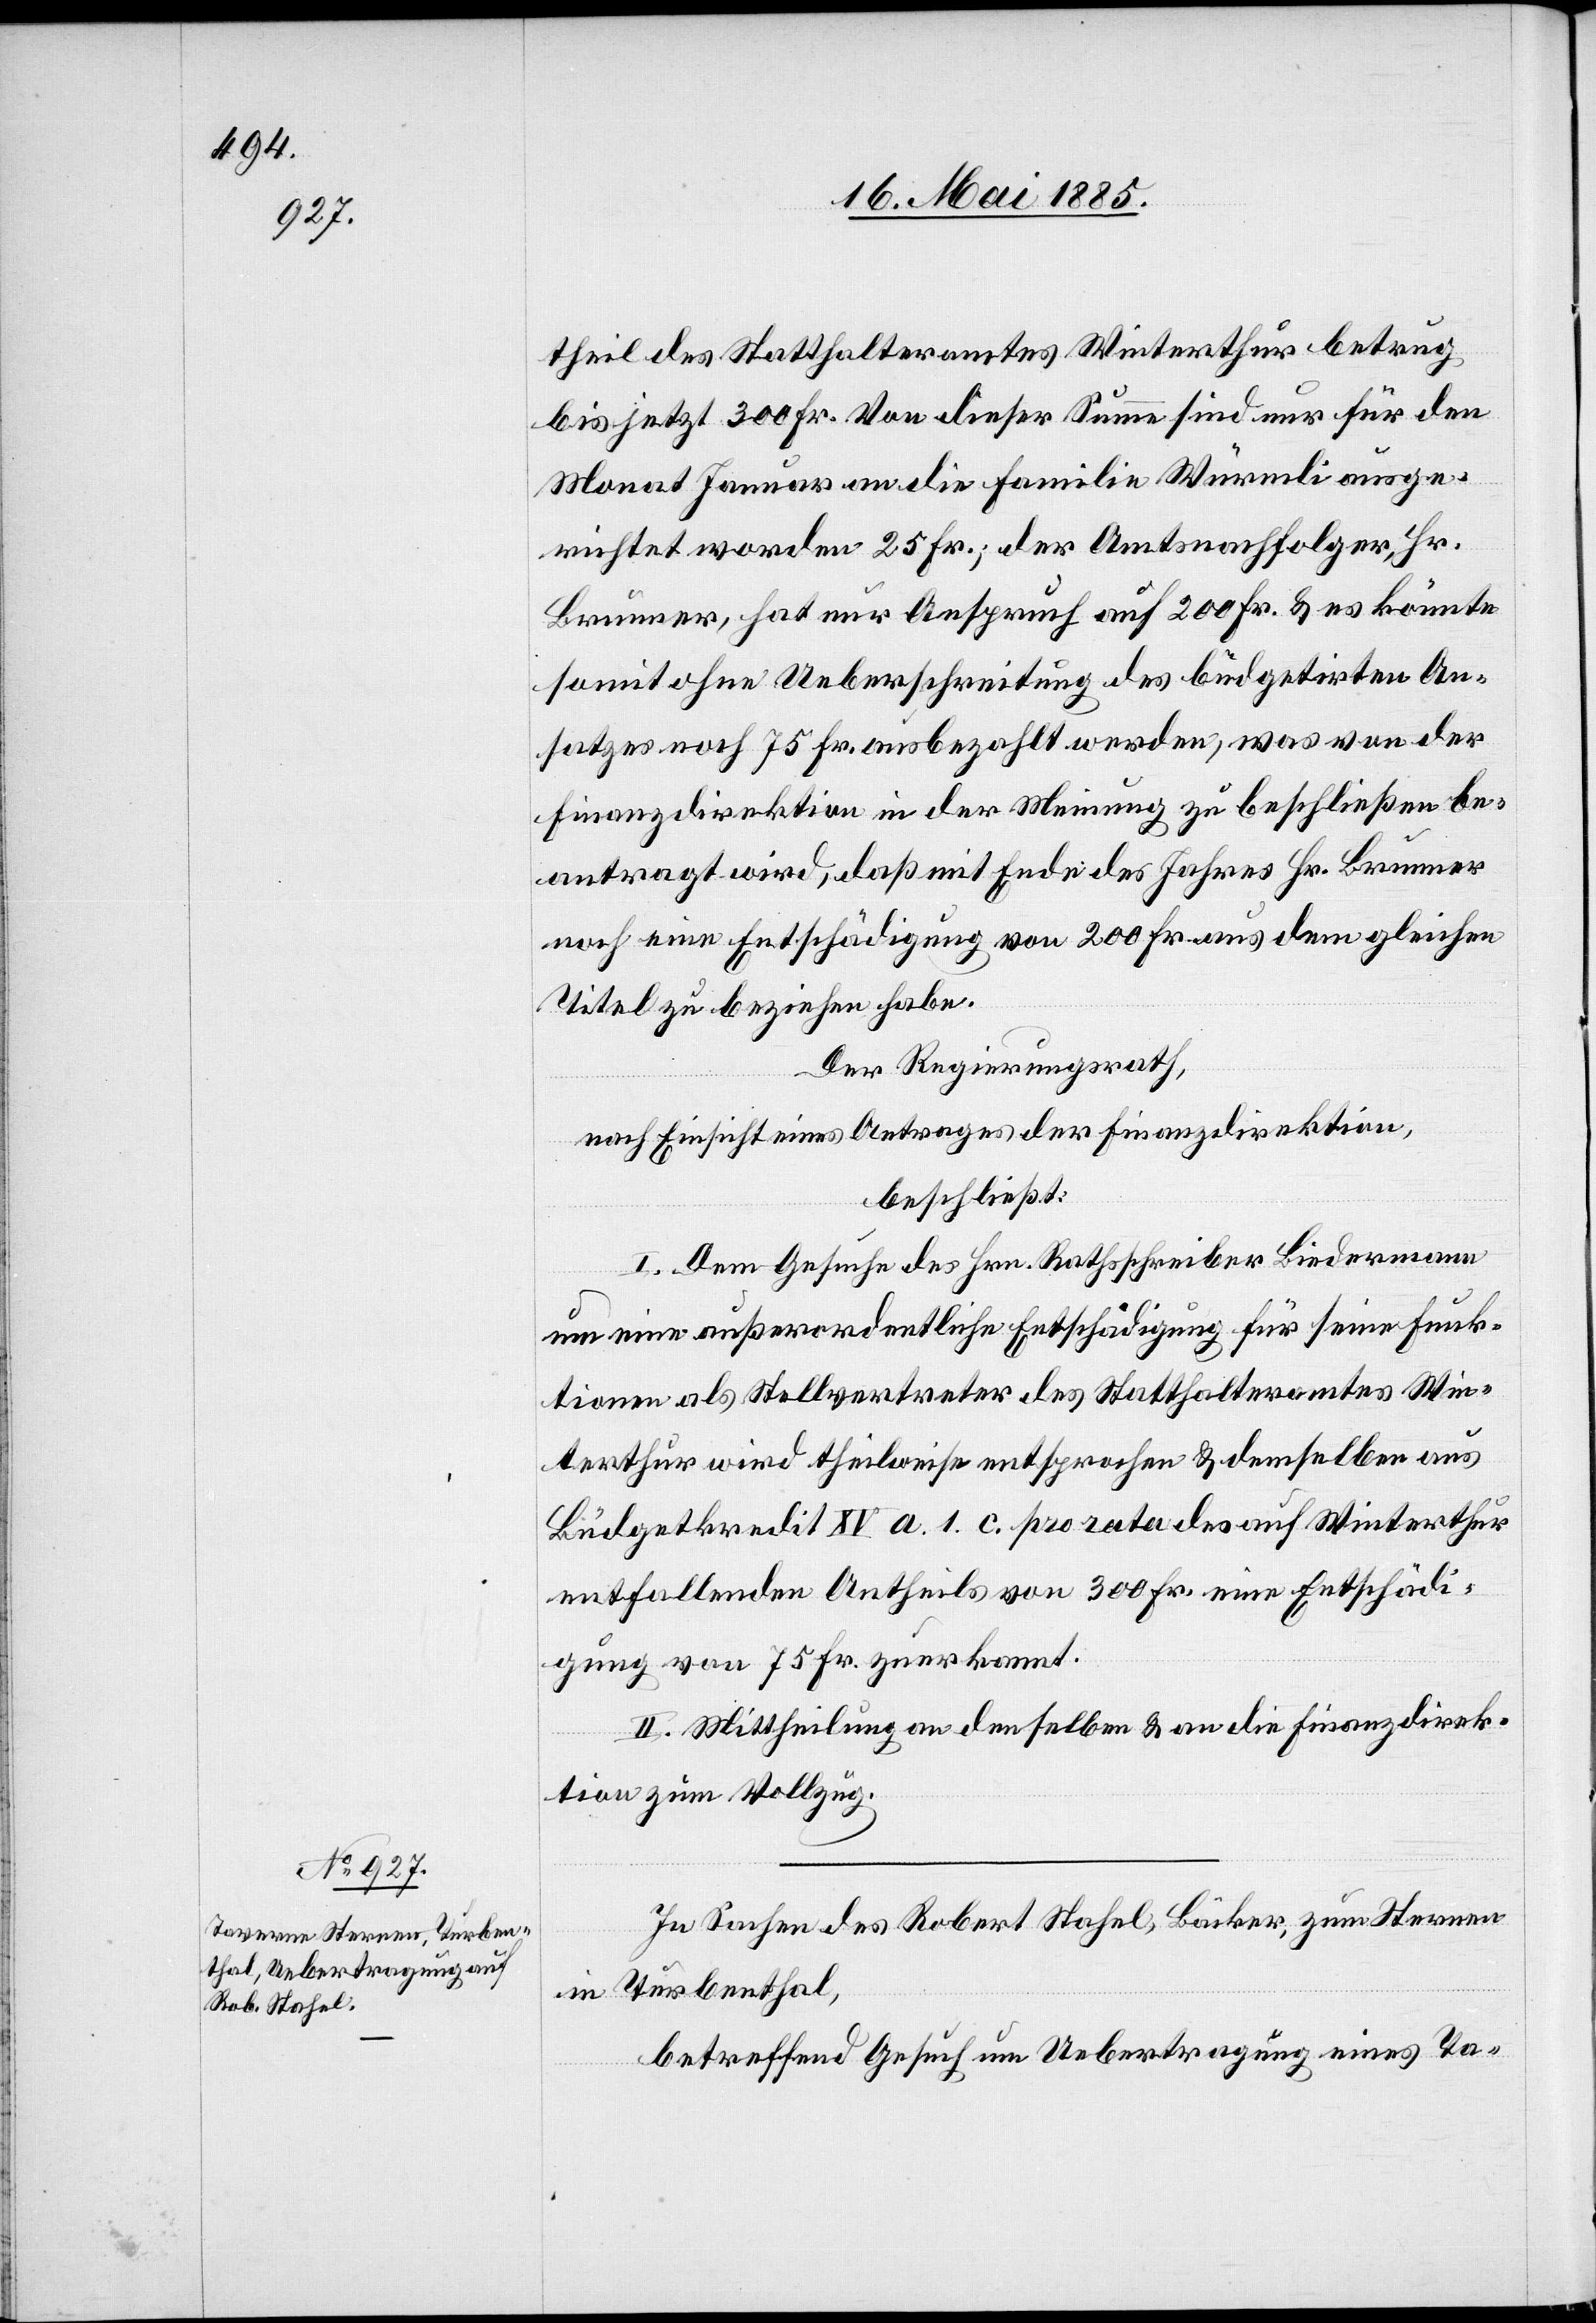
theil des Statthalteramtes Winterthur betrug
bis jetzt 300 Fr. von dieser Summe sind nur für den
Monat Januar an die Familie Würmli ausge¬
richtet worden 25 Fr.; der Amtsnachfolger, Hr.
Brunner, hat nur Anspruch auf 200 Fr. & es könnte
somit ohne Ueberschreitung des büdgetirten An¬
satzes noch 75 Fr. ausbezahlt werden, was von der
Finanzdirektion in der Meinung zu beschließen be¬
antragt wird, daß mit Ende des Jahres Hr. Brunner
noch eine Entschädigung von 200 Fr. aus dem gleichen
Titel zu beziehen habe.
Der Regierungsrath,
nach Einsicht eines Antrages der Finanzdirektion,
beschließt:
I. Dem Gesuche des Hrn. Rathsschreiber Biedermann
um eine außerordentliche Entschädigung für seine Funk¬
tionen als Stellvertreter des Statthalteramtes Win¬
terthur wird theilweise entsprochen & demselben aus
Büdgetkredit XV a. 1. c pro rata des auf Winterthur
entfallenden Antheils von 300 Fr. eine Entschädi¬
gung von 75 Fr. zuerkannt.
II. Mittheilung an denselben & an die Finanzdirek¬
tion zum Vollzug.
In Sachen des Robert Stahel, Bäcker, zum Sternen
in Turbenthal,
betreffend Gesuch um Uebertragung eines Ta-